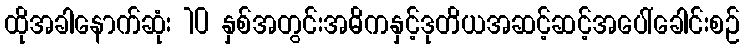
ထိုအခါနောက်ဆုံး 10 နှစ်အတွင်းအဓိကနှင့်ဒုတိယအဆင့်ဆင့်အပေါ်ခေါင်းစဉ်